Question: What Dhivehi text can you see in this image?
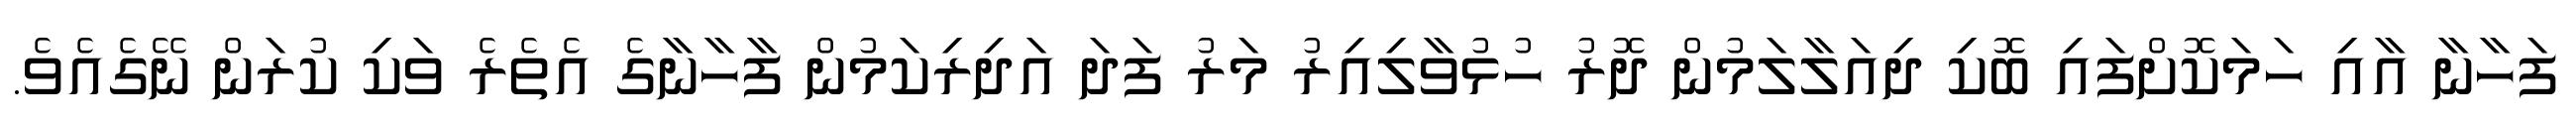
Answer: ފަހާނާ އާއި ހަމަކޮށްފައި ބޮކި ދިއަލާލަމުން ދޮރު ހުޅުވާލިއިރު މަރު ފަދަ އަދިރިކަމުން ފާހާނާގެ އެތެރެ ވަކި ކުރަން ނޭގެއެވެ.